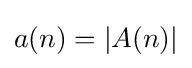
a(n)=|A(n)|